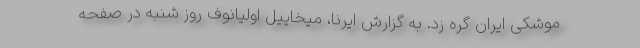
موشکی ایران گره زد. به گزارش ایرنا، میخاییل اولیانوف روز شنبه در صفحه